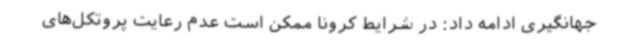
جهانگیری ادامه داد: در شرایط کرونا ممکن است عدم رعایت پروتکل‌های